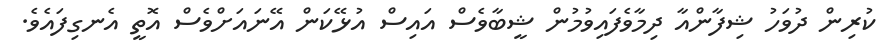
ކުރިން ދުވަހު ޝިފާންއާ ދިމާވެފައިވުމުން ޝީބާވެސް އައިސް އުޅޭކަން އޭނައަށްވެސް އޮތީ އެނގިފައެވެ.